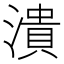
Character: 潰